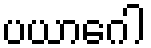
ပယာဂေါ